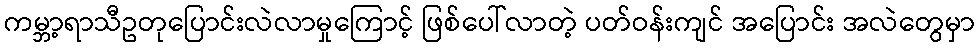
ကမ္ဘာ့ရာသီဥတုပြောင်းလဲလာမှုကြောင့် ဖြစ်ပေါ်လာတဲ့ ပတ်ဝန်းကျင် အပြောင်း အလဲတွေမှာ